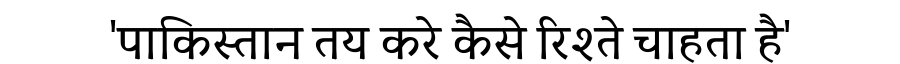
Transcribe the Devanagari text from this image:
'पाकिस्तान तय करे कैसे रिश्ते चाहता है'